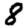
Digit: 8